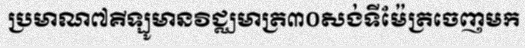
ប្រមាណ៧គីឡូមានវិជ្ឈមាត្រ៣០សង់ទីម៉ែត្រចេញមក